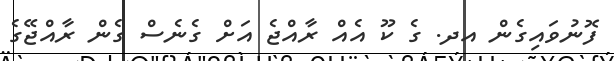
ފޮނުވައިގެން އދ. ގެ ކޫ އެއް ރާއްޖެ އަށް ގެނެސް ގެން ރާއްޖޭގެ